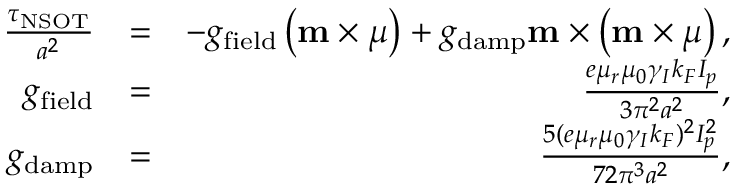
\begin{array} { r l r } { \frac { \boldsymbol \tau _ { \mathrm { N S O T } } } { a ^ { 2 } } } & { = } & { - g _ { \mathrm { f i e l d } } \left( \mathbf { m } \times \boldsymbol { \mu } \right) + g _ { \mathrm { d a m p } } \mathbf { m } \times \left( \mathbf { m } \times \boldsymbol { \mu } \right) , } \\ { g _ { \mathrm { f i e l d } } } & { = } & { \frac { e \mu _ { r } \mu _ { 0 } \gamma _ { I } k _ { F } I _ { p } } { 3 \pi ^ { 2 } a ^ { 2 } } , } \\ { g _ { \mathrm { d a m p } } } & { = } & { \frac { 5 ( e \mu _ { r } \mu _ { 0 } \gamma _ { I } k _ { F } ) ^ { 2 } I _ { p } ^ { 2 } } { 7 2 \pi ^ { 3 } a ^ { 2 } } , } \end{array}